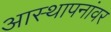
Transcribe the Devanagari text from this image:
आस्‍थापनांवर